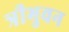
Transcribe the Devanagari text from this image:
त्रीभुवन